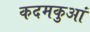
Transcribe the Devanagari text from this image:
कदमकुआं